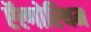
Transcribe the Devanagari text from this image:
ऍल्गोरिथम